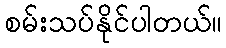
စမ်းသပ်နိုင်ပါတယ်။